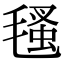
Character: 㲧